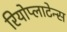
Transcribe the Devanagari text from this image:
रियोप्लाटेन्स